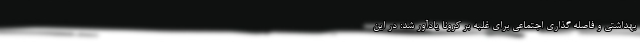
بهداشتی و فاصله گذاری اجتماعی برای غلبه بر کرونا یادآور شد: در این